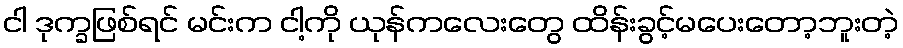
ငါ ဒုက္ခဖြစ်ရင် မင်းက ငါ့ကို ယုန်ကလေးတွေ ထိန်းခွင့်မပေးတော့ဘူးတဲ့